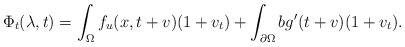
LaTeX: \begin{align*}\Phi_t (\lambda, t) = \int_\Omega f_u(x, t + v) (1 + v_t) + \int_{\partial \Omega} b g'(t + v) (1 + v_t). \end{align*}